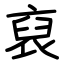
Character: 裒